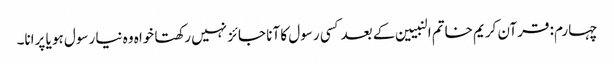
چہارم: قرآن کریم خاتم النبیین کے بعدکسی رسول کا آنا جائز نہیں رکھتا خواہ وہ نیا رسول ہو یا پرانا۔